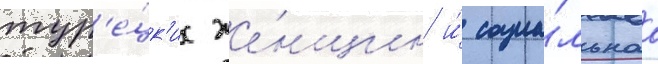
тур'е́цк'их же́нщин и́ социа́льнаа